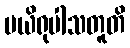
ပယိရုပါသတူတိ